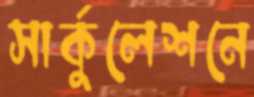
সার্কুলেশনে